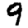
Digit: 9